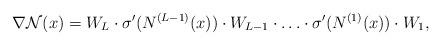
LaTeX: \begin{align*}\nabla \mathcal{N}(x)=W_{L} \cdot \sigma'( N^{(L-1)}(x)) \cdot W_{L-1} \cdot \ldots \cdot \sigma'(N^{(1)}(x))\cdot W_{1},\end{align*}